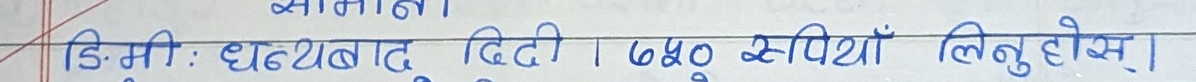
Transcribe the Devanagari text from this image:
डिमी: धयवादु दिदी। 640 रुपियाँ लिनु होस।